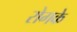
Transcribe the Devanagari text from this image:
रोगके